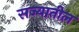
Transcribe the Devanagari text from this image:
सज्यातील